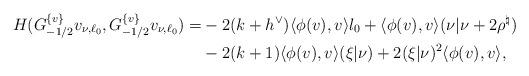
LaTeX: \begin{align*}H(G^{\{v\}}_{-1/2}v_{\nu,\ell_0},G^{\{v\}}_{-1/2}v_{\nu,\ell_0})=&-2(k+h^\vee)\langle \phi(v),v\rangle l_0+\langle \phi(v),v\rangle(\nu|\nu+2\rho^\natural)\\&-2(k+1)\langle \phi(v),v\rangle(\xi|\nu)+2(\xi|\nu)^2\langle \phi(v),v\rangle,\end{align*}